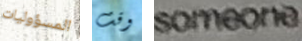
المسؤوليات وقت someone